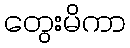
တွေးမိကာ